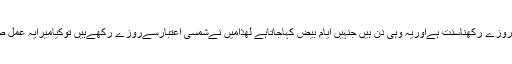
15 ) کے روزے رکھناسنت ہےاوریہ وہی دن ہیں جنہیں ایام بیض کہاجاتاہے لھذامیں نےشمسی اعتبارسےروزے رکھےہیں توکیامیرایہ عمل صحیح ہے ؟